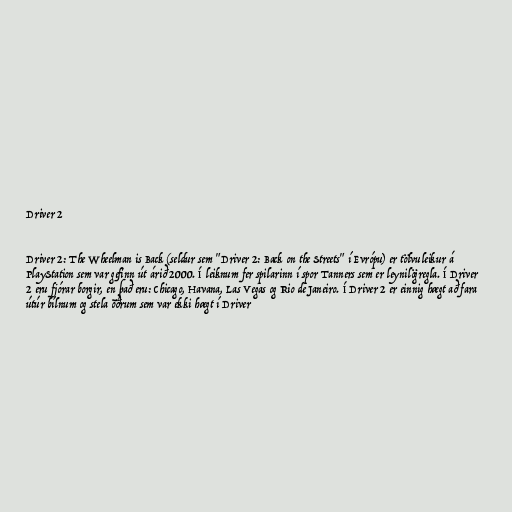
Driver 2

Driver 2: The Wheelman is Back (seldur sem "Driver 2: Back on the Streets" í Evrópu) er tölvuleikur á
PlayStation sem var gefinn út árið 2000. Í leiknum fer spilarinn í spor Tanners sem er leynilögregla. Í Driver
2 eru fjórar borgir, en það eru: Chicago, Havana, Las Vegas og Rio de Janeiro. Í Driver 2 er einnig hægt að fara
útúr bílnum og stela öðrum sem var ekki hægt í Driver